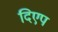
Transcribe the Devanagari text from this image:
दिएप